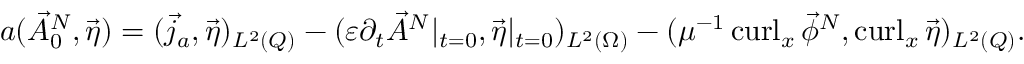
\begin{array} { r } { a ( \vec { A } _ { 0 } ^ { N } , \vec { \eta } ) = ( \vec { j } _ { a } , \vec { \eta } ) _ { L ^ { 2 } ( Q ) } - ( \varepsilon \partial _ { t } \vec { A } ^ { N } | _ { t = 0 } , \vec { \eta } | _ { t = 0 } ) _ { L ^ { 2 } ( \Omega ) } - ( \mu ^ { - 1 } \operatorname { c u r l } _ { x } \vec { \phi } ^ { N } , \operatorname { c u r l } _ { x } \vec { \eta } ) _ { L ^ { 2 } ( Q ) } . } \end{array}